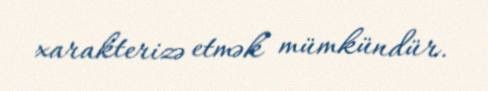
xarakterizə etmək mümkündür.